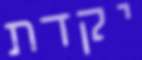
יקדת